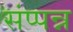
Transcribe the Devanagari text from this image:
संप्पन्न